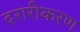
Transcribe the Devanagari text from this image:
दरारीकरण